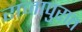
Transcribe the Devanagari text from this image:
राजापुरात